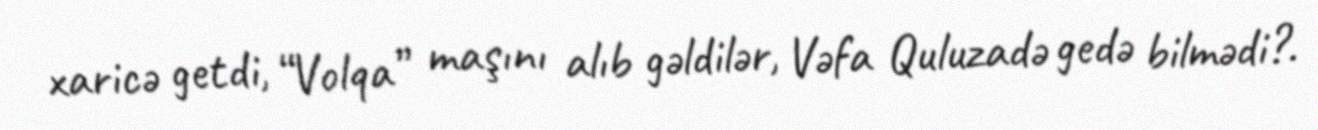
xaricə getdi, “Volqa” maşını alıb gəldilər, Vəfa Quluzadə gedə bilmədi?.